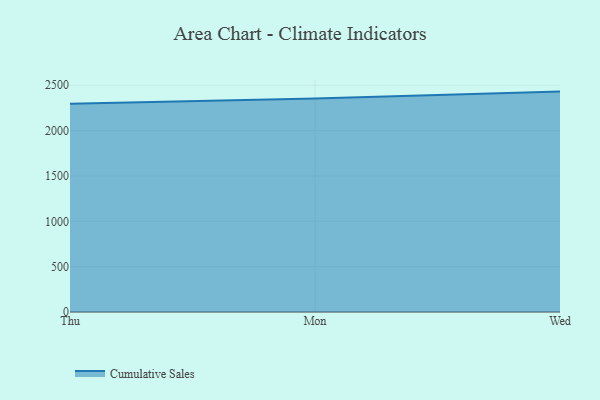
{"axis": {"x": "Day", "y": "Net Income (USD K)"}, "legend": ["Cumulative Sales"], "data": [{"x": "Thu", "y": 2296.4, "type": "Cumulative Sales"}, {"x": "Mon", "y": 2354.2, "type": "Cumulative Sales"}, {"x": "Wed", "y": 2430.1, "type": "Cumulative Sales"}]}